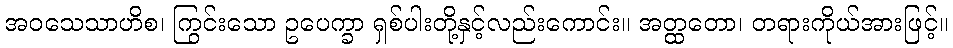
အဝသေသာဟိစ၊ ကြွင်းသော ဥပေက္ခာ ရှစ်ပါးတို့နှင့်လည်းကောင်း။ အတ္ထတော၊ တရားကိုယ်အားဖြင့်။